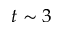
t \sim 3